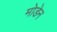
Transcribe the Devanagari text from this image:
मोडेन